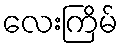
လေးကြိမ်